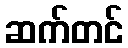
ဆက်တင်